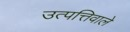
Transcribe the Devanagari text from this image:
उत्पत्तिवाले